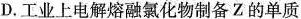
D.工业上电解熔融氯化物制备Z的单质